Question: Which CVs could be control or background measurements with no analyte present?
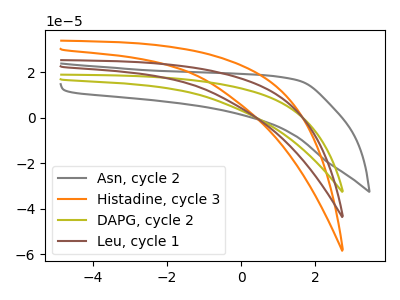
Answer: <think>The gray curve "Asn, cycle 2" has no peaks. The orange curve "Histadine, cycle 3" has no peaks. The olive curve "DAPG, cycle 2" has no peaks. The brown curve "Leu, cycle 1" has no peaks.</think>
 <answer>"Asn, cycle 2", "Histadine, cycle 3", "DAPG, cycle 2" and "Leu, cycle 1" are likely to be blanks.</answer>
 <eval>"Asn, cycle 2", "Histadine, cycle 3", "DAPG, cycle 2", "Leu, cycle 1"</eval>